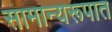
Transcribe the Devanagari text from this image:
सामान्यरूपात